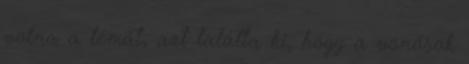
volna a témát, azt találta ki, hogy a vonósok